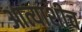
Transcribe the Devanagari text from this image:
आत्याशीच